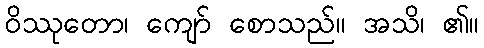
ဝိဿုတော၊ ကျော် စောသည်။ အသိ၊ ၏။